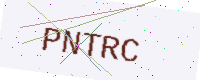
Text: PNTRC